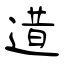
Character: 逪